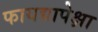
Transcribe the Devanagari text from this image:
फायद्यापेक्षा